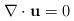
LaTeX: \begin{align*}\nabla\cdot\textbf u=0\end{align*}